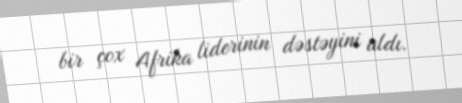
bir çox Afrika liderinin dəstəyini aldı.